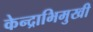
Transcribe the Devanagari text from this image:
केन्द्राभिमुखी